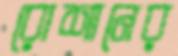
রোশানের